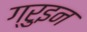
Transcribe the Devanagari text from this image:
ग्रुइन